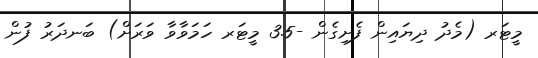
މީޓަރ (މެދު ދިޔައިން ފެށިގެން -3.5 މީޓަރ ހަމަވާވާ ވަރަށް) ބަނދަރު ފުން